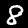
Label: 8